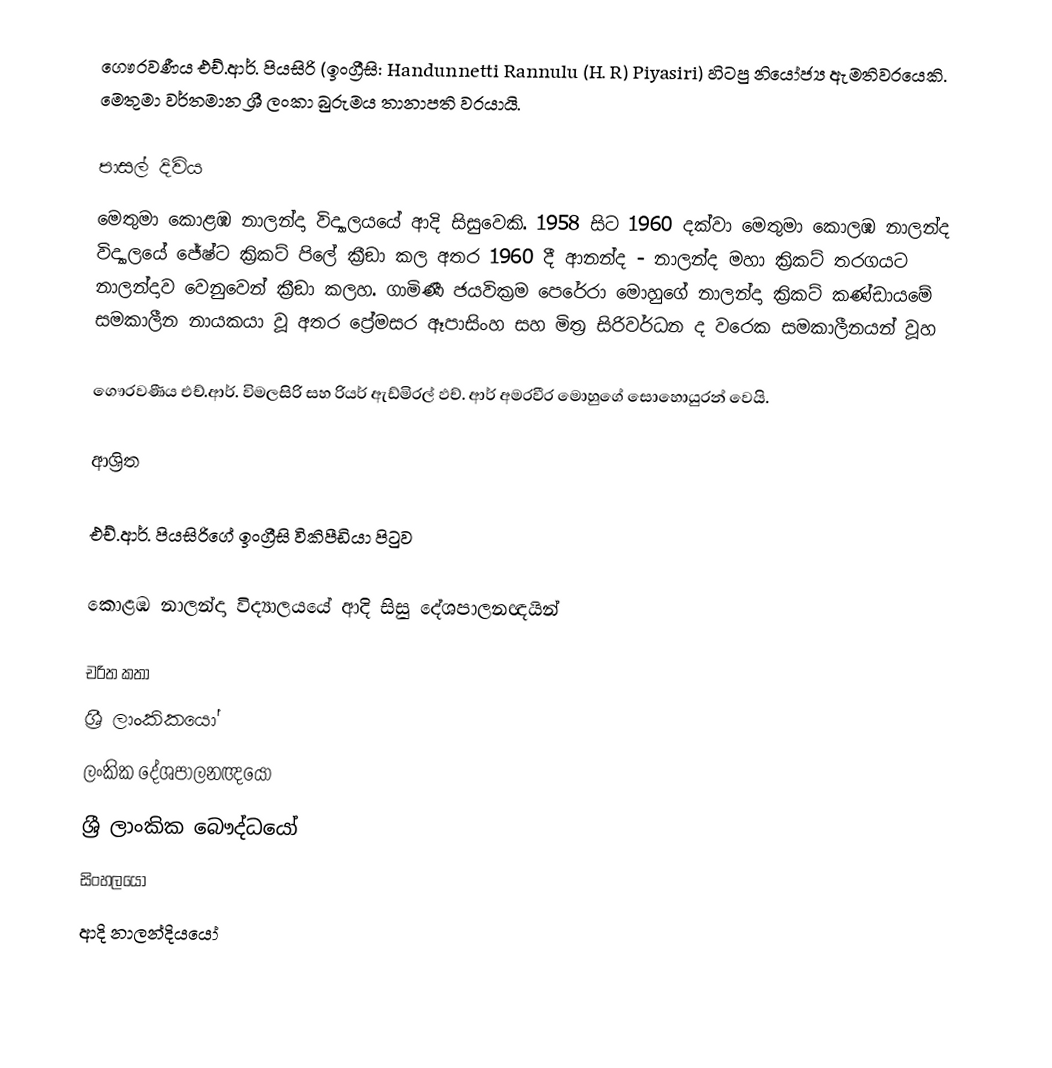
ගෞරවණීය එච්.ආර්. පියසිරි (ඉංග්‍රීසි: Handunnetti Rannulu (H. R) Piyasiri) හිටපු නියෝජ්‍ය ඇමතිවරයෙකි. මෙතුමා වර්තමාන ශ්‍රී ලංකා බුරුමය තානාපති වරයායි.

පාසල් දිවිය
මෙතුමා  කොළඹ නාලන්දා විද්‍යාලයයේ ආදි සිසුවෙකි.  1958 සිට 1960 දක්වා මෙතුමා කොලඹ නාලන්ද  විද්‍යාලයේ  ජේෂ්ට ක්‍රිකට් පිලේ ක්‍රීඞා  කල අතර 1960 දී ආනන්ද - නාලන්ද මහා ක්‍රිකට් තරගයට නාලන්දාව වෙනුවෙන් ක්‍රීඞා කලහ. ගාමිණී ජයවික්‍රම පෙරේරා මොහුගේ නාලන්දා ක්‍රිකට් කණ්ඩායමේ සමකාලීන නායකයා වූ අතර ප්‍රේමසර ඈපාසිංහ සහ මිත්‍ර සිරිවර්ධන ද වරෙක සමකාලීනයන් වූහ

ගෞරවණීය එච්.ආර්. විමලසිරි සහ රියර් ඇඩ්මිරල් ඵච්. ආර් අමරවීර මොහුගේ සොහොයුරන් වෙයි.

ආශ්‍රිත

 එච්.ආර්. පියසිරිගේ ඉංග්‍රීසි විකිපීඩියා පිටුව

 කොළඹ නාලන්දා විද්‍යාලයයේ ආදි සිසු දේශපාලනඥයින්

චරිත කතා
ශ්‍රී ලාංකිකයෝ
ලංකික දේශපාලනඥයෝ
ශ්‍රී ලාංකික බෞද්ධයෝ
සිංහලයෝ
ආදි නාලන්දියයෝ